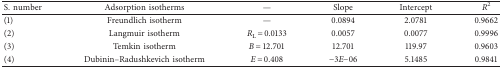
| S. number | Adsorption isotherms | — | Slope | Intercept | R2 |
 | --- | --- | --- | --- | --- | --- |
 | (1) | Freundlich isotherm | — | 0.0894 | 2.0781 | 0.9662 |
 | (2) | Langmuir isotherm | RL = 0.0133 | 0.0057 | 0.0077 | 0.9996 |
 | (3) | Temkin isotherm | B = 12.701 | 12.701 | 119.97 | 0.9603 |
 | (4) | Dubinin–Radushkevich isotherm | E = 0.408 | −3E−06 | 5.1485 | 0.9841 |